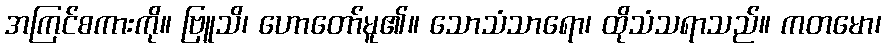
အကြင်စကားကို။ ဗြူသိ၊ ဟောတော်မူ၏။ သောသံသာရော၊ ထိုသံသရာသည်။ ကတမော၊